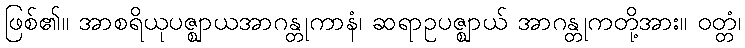
ဖြစ်၏။ အာစရိယုပဇ္ဈာယအာဂန္တုကာနံ၊ ဆရာဥပဇ္ဈာယ် အာဂန္တုကတို့အား။ ဝတ္တံ၊